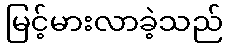
မြင့်မားလာခဲ့သည်